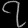
Digit: ၇